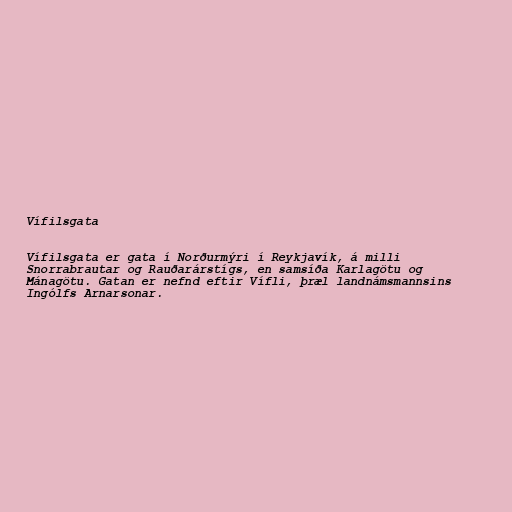
Vífilsgata

Vífilsgata er gata í Norðurmýri í Reykjavík, á milli
Snorrabrautar og Rauðarárstígs, en samsíða Karlagötu og
Mánagötu. Gatan er nefnd eftir Vífli, þræl landnámsmannsins
Ingólfs Arnarsonar.